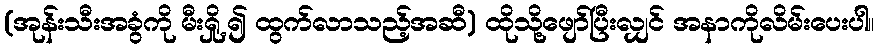
(အုန်းသီးအခွံကို မီးရှို့၍ ထွက်လာသည့်အဆီ) ထိုသို့ဖျော်ပြီးလျှင် အနာကိုလိမ်းပေးပါ။